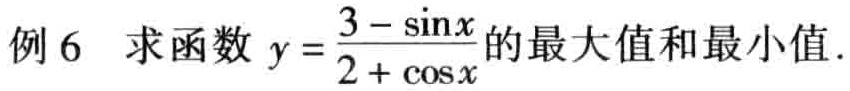
例6 求函数 \(y = \frac{3 - \sin x}{2 + \cos x}\) 的最大值和最小值.